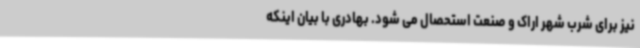
نیز برای شرب شهر اراک و صنعت استحصال می شود. بهادری با بیان اینکه